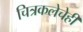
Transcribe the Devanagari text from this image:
चित्रकलेचेही